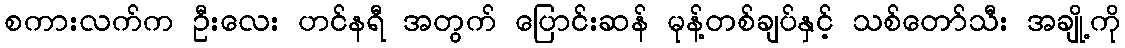
စကားလက်က ဦးလေး ဟင်နရီ အတွက် ပြောင်းဆန် မုန့်တစ်ချပ်နှင့် သစ်တော်သီး အချို့ကို